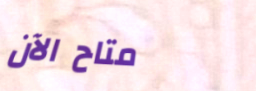
متاح الآن